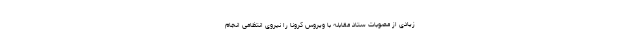
زیادی از مصوبات ستاد مقابله با ویروس کرونا را نیروی انتظامی انجام